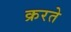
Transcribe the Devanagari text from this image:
क्ररते